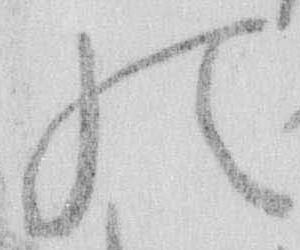
の